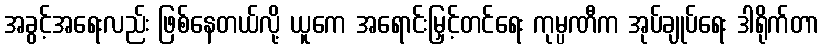
အခွင့်အရေးလည်း ဖြစ်နေတယ်လို့ ယူကေ အရောင်းမြှင့်တင်ရေး ကုမ္ပဏီက အုပ်ချုပ်ရေး ဒါရိုက်တာ